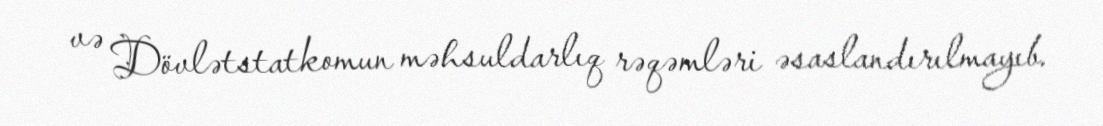
və Dövlətstatkomun məhsuldarlıq rəqəmləri əsaslandırılmayıb.